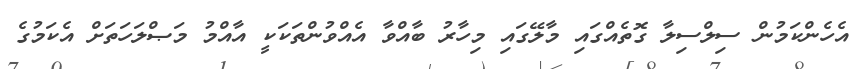
އެހެންކަމުން ސިލްސިލާ ގޮތެއްގައި މާލޭގައި މިހާރު ބާއްވާ އެއްވުންތަކަކީ އާއްމު މަޞްލަހަތަށް އެކަމުގެ